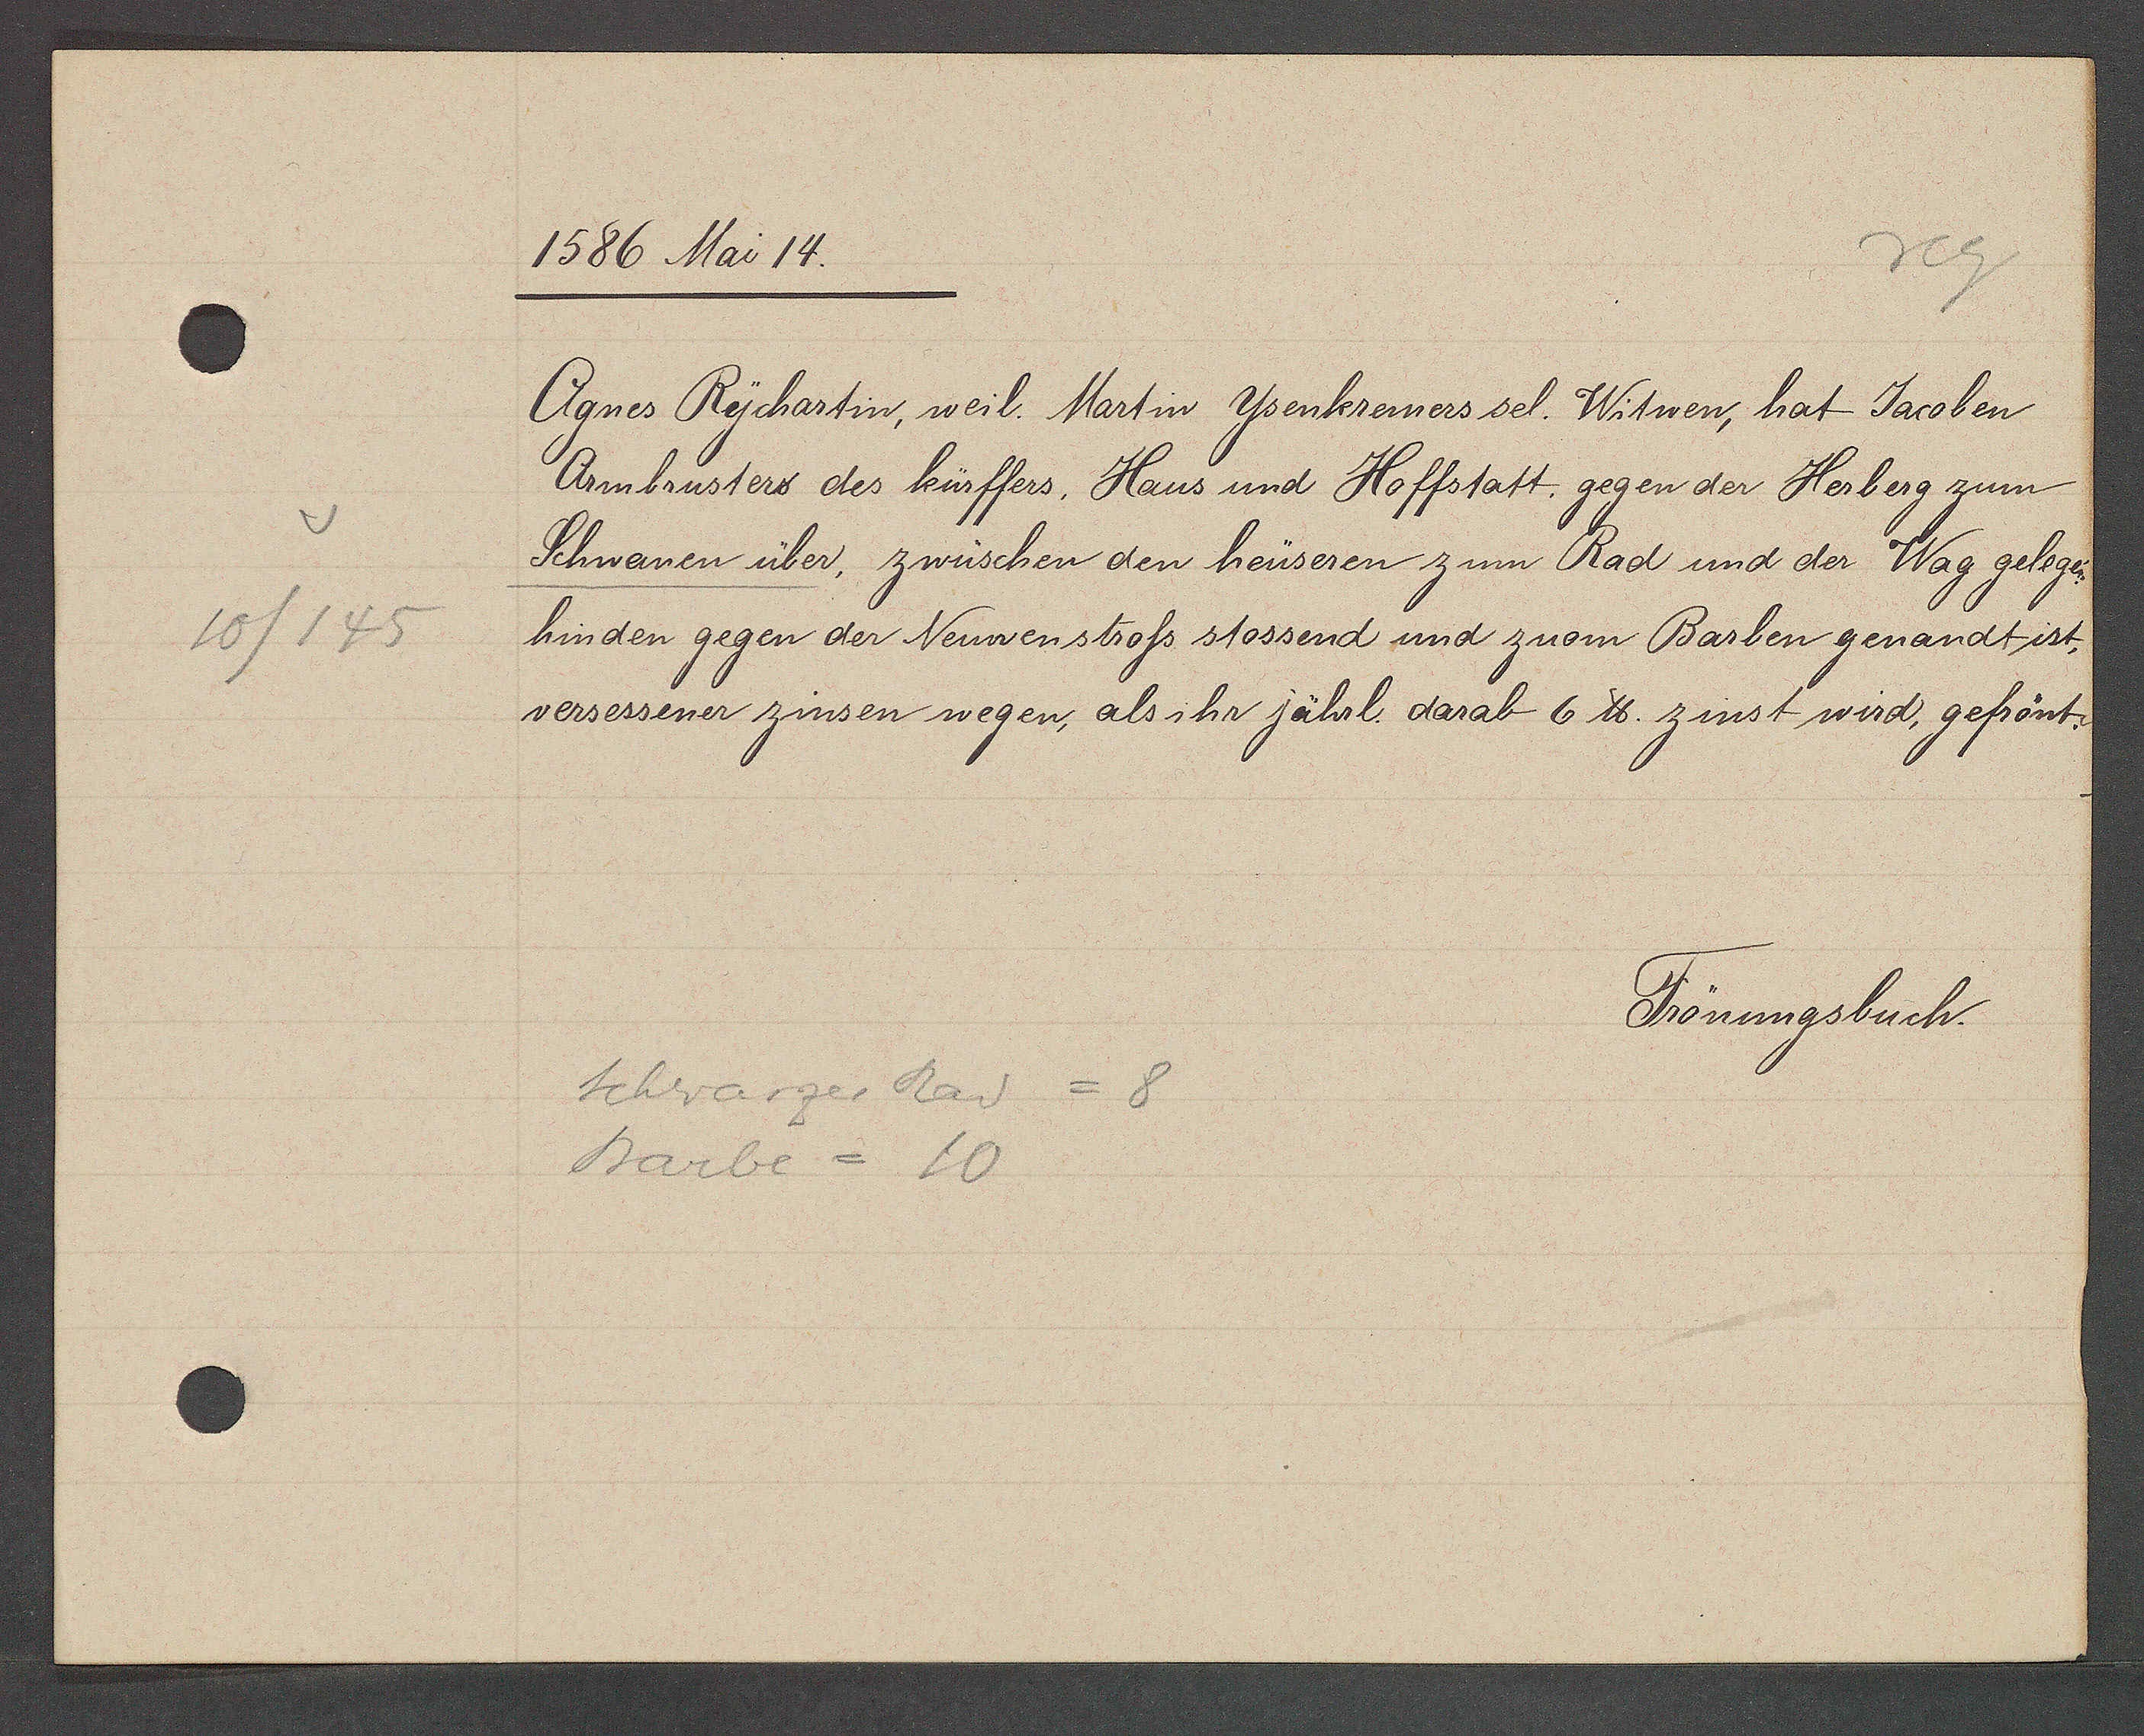
Transcript:
10/145

1586 Mai 14.

Agnes Rychartin, weil. Martin Ysenkremers sel. Witwen, hat Jacoben
Armbrusters des kürffers, Haus und Hoffstatt, gegen der Herberg zum
Schwanen über, zwüschen den heüseren zum Rad und der Wag gelegen,
hinden gegen der Neuwenstross stossend und zuom Barben genandt ist,
versessener zinsen wegen, als ihr jährl. darab 6 ℔. zinst wird, gefrönt.

Schwarzer Rad = 8
Barbe = 10

Frönungsbuch.